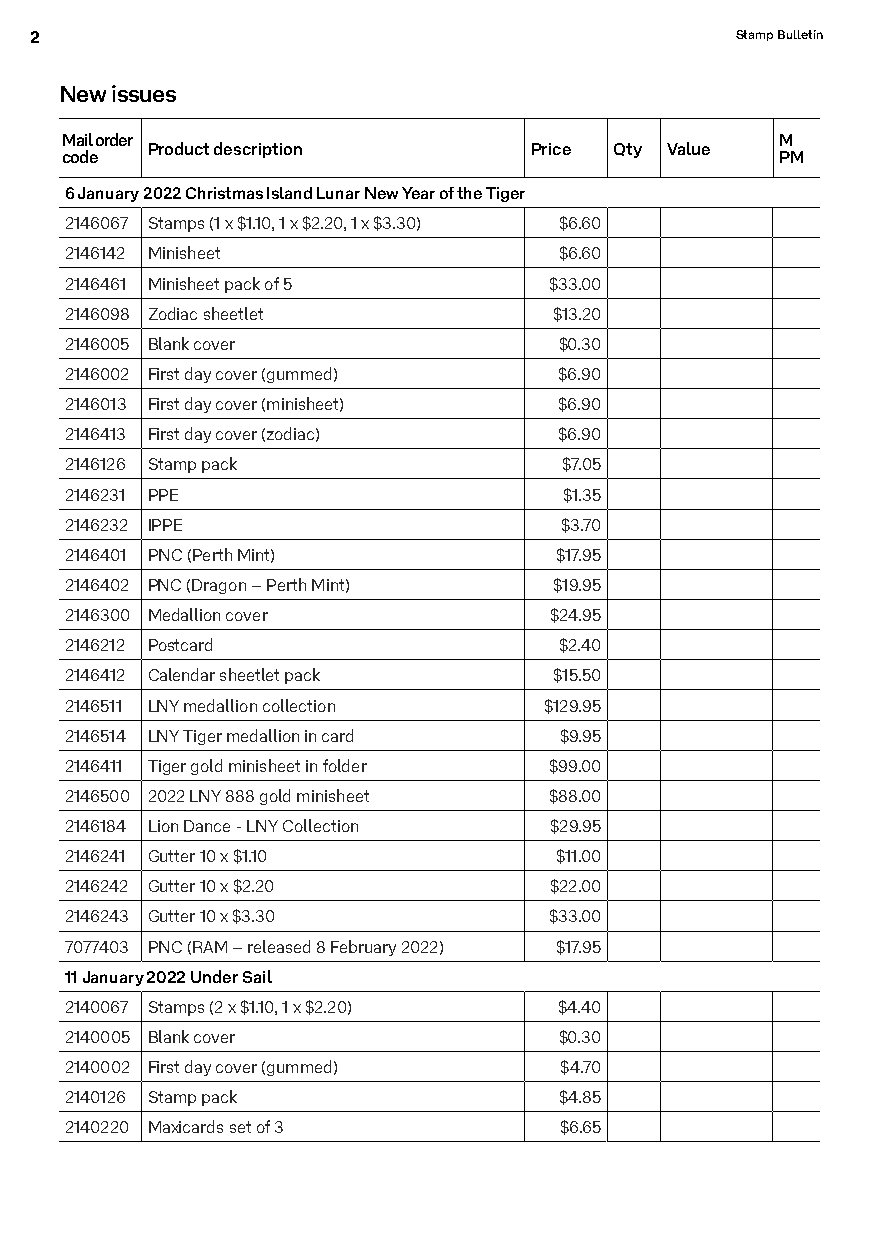
2                                              Stamp Bulletin
 New issues
 Mail order                                      M
 Product description      Price Qty Value
 code                                            PM
 6 January 2022 Christmas Island Lunar New Year of the Tiger
 2146067 Stamps (1 x $1.10, 1 x $2.20, 1 x $3.30) $6.60
 2146142 Minisheet                $6.60
 2146461 Minisheet pack of 5     $33.00
 2146098 Zodiac sheetlet          $13.20
 2146005 Blank cover              $0.30
 2146002 First day cover (gummed) $6.90
 2146013 First day cover (minisheet) $6.90
 2146413 First day cover (zodiac) $6.90
 2146126 Stamp pack               $7.05
 2146231 PPE                      $1.35
 2146232 IPPE                     $3.70
 2146401 PNC (Perth Mint)         $17.95
 2146402 PNC (Dragon – Perth Mint) $19.95
 2146300 Medallion cover         $24.95
 2146212 Postcard                 $2.40
 2146412 Calendar sheetlet pack   $15.50
 2146511 LNY medallion collection $129.95
 2146514 LNY Tiger medallion in card $9.95
 2146411 Tiger gold minisheet in folder $99.00
 2146500 2022 LNY 888 gold minisheet $88.00
 2146184 Lion Dance - LNY Collection $29.95
 2146241 Gutter 10 x $1.10        $11.00
 2146242 Gutter 10 x $2.20       $22.00
 2146243 Gutter 10 x $3.30       $33.00
 7077403 PNC (RAM – released 8 February 2022) $17.95
 11 January 2022 Under Sail
 2140067 Stamps (2 x $1.10, 1 x $2.20) $4.40
 2140005 Blank cover              $0.30
 2140002 First day cover (gummed) $4.70
 2140126 Stamp pack               $4.85
 2140220 Maxicards set of 3       $6.65